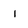
Character: 1